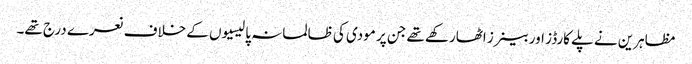
مظاہرین نے پلے کارڈز اور بینرز اٹھارکھے تھے جن پر مودی کی ظالمانہ پالیسیوں کے خلاف نعرے درج تھے۔